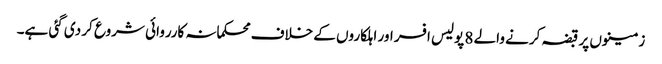
زمینوں پر قبضہ کرنے والے 8 پولیس افسر اور اہلکاروں کے خلاف محکمانہ کارروائی شروع کر دی گئی ہے۔